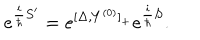
e ^ { { \frac { i } { \hbar } } S ^ { \prime } } = e ^ { [ \Delta , Y ^ { ( 0 ) } ] _ { + } } e ^ { { \frac { i } { \hbar } } S } .